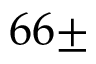
6 6 \pm